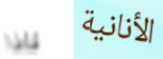
لماذا الأنانية